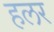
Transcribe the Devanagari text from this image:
हलर